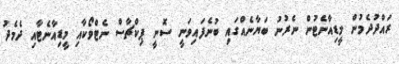
ރައްދުދެމުން މީޑިއާނެޓުން ނެރުނު ބަޔާނެއްގައި ބުނެފައިވަނީ ސޮނީ ޕިކްޗާސް ނެޓްވޯކާއި މީޑިއާނެޓާއި ދެމެދު